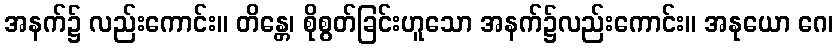
အနက်၌ လည်းကောင်း။ တိန္တေ၊ စိုစွတ်ခြင်းဟူသော အနက်၌လည်းကောင်း။ အနုယော ဂေ၊